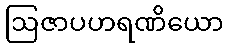
ဩဇာပဟရဏိယော